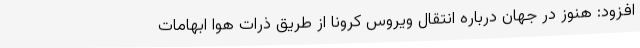
افزود: هنوز در جهان درباره انتقال ویروس کرونا از طریق ذرات هوا ابهامات